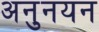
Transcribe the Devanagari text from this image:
अनुनयन